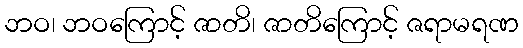
ဘဝ၊ ဘဝကြောင့် ဇာတိ၊ ဇာတိကြောင့် ဇရာမရဏ